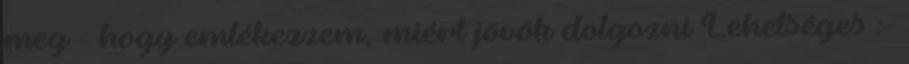
meg - hogy emlékezzem, miért jövök dolgozni Lehetséges :-